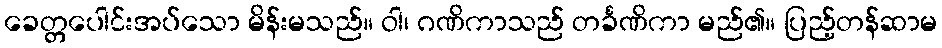
ခေတ္တပေါင်းအပ်သော မိန်းမသည်။ ဝါ၊ ဂဏိကာသည် တင်္ခဏိကာ မည်၏။ ပြည့်တန်ဆာမ